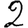
Digit: 2